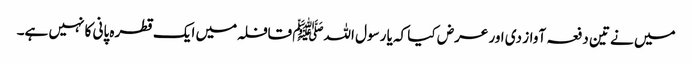
میں نے تین دفعہ آواز دی اور عرض کیا کہ یا رسول اللہﷺ قافلہ میں ایک قطرہ پانی کا نہیں ہے۔